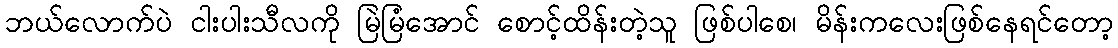
ဘယ်လောက်ပဲ ငါးပါးသီလကို မြဲမြံအောင် စောင့်ထိန်းတဲ့သူ ဖြစ်ပါစေ၊ မိန်းကလေးဖြစ်နေရင်တော့